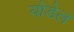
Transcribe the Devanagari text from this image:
योडेल